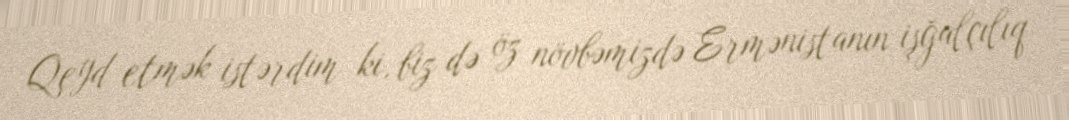
Qeyd etmək istərdim ki, biz də öz növbəmizdə Ermənistanın işğalçılıq